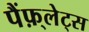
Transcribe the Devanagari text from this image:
पैंफ़्लेट्स